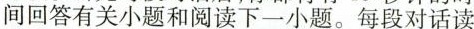
间回答有关小题和阅读下一小题.每段对话读